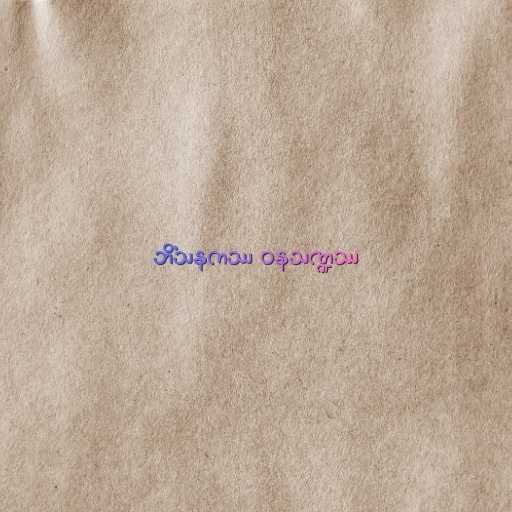
ဘိံသနကဿ ဝနသဏ္ဍဿ